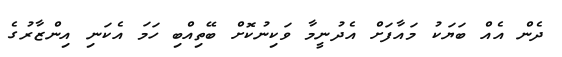
ދެން އެއް ބަޔަކު މައާފަށް އެދުނީމާ ވަކިނުކޮށް ބޭތިއްބި ހަމަ އެކަނި އިންޒާރުގެ